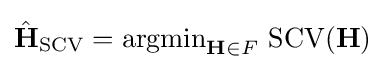
{\hat {\mathbf {H} }}_{\operatorname {SCV} }=\operatorname {argmin} _{\mathbf {H} \in F}\,\operatorname {SCV} (\mathbf {H} )